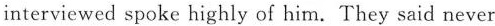
interviewed spoke highly of him. They said never